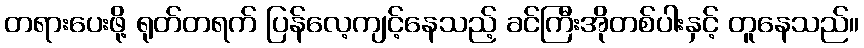
တရားပေးဖို့ ရုတ်တရက် ပြန်လေ့ကျင့်နေသည့် ခင်ကြီးအိုတစ်ပါးနှင့် တူနေသည်။